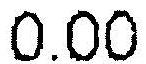
0.00